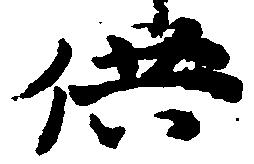
供